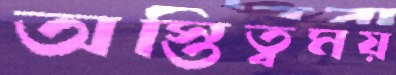
অস্তিত্বময়